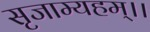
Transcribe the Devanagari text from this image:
सृजाम्यहम्।।